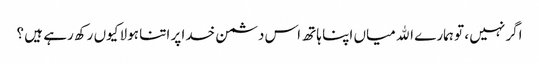
اگر نہیں ، تو ہمارے الله میاں اپنا ہاتھ اس دشمن خدا پر اتنا ہولا کیوں رکھ رہے ہیں ؟